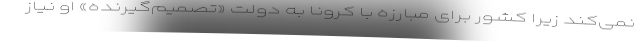
نمی‌کند زیرا کشور برای مبارزه با کرونا به دولت «تصمیم‌گیرنده» او نیاز